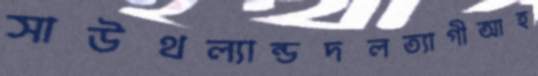
সাউথল্যান্ডদলত্যাগীআহ